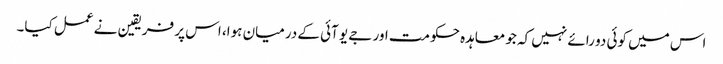
اس میں کوئی دو رائے نہیں کہ جو معاہدہ حکومت اور جے یو آئی کے درمیان ہوا، اس پر فریقین نے عمل کیا۔